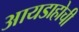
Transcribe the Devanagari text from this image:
आयडाहोची